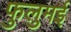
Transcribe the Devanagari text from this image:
फुलुमई